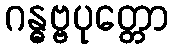
ဂန္ဓဗ္ဗပုတ္တော